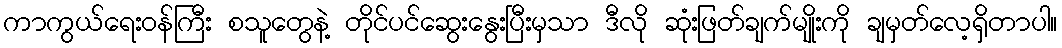
ကာကွယ်ရေးဝန်ကြီး စသူတွေနဲ့ တိုင်ပင်ဆွေးနွေးပြီးမှသာ ဒီလို ဆုံးဖြတ်ချက်မျိုးကို ချမှတ်လေ့ရှိတာပါ။